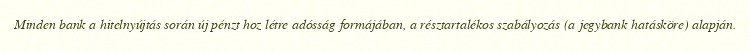
Minden bank a hitelnyújtás során új pénzt hoz létre adósság formájában, a résztartalékos szabályozás (a jegybank hatásköre) alapján.